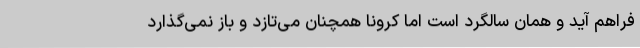
فراهم آید و همان سالگرد است اما کرونا همچنان می‌تازد و باز نمی‌گذارد